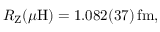
R _ { \mathrm { Z } } ( \mu \mathrm { H } ) = 1 . 0 8 2 ( 3 7 ) \, \mathrm { f m } ,